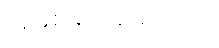
အနှစ်ချုပ်ဆိုရသော်